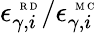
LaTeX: \epsilon_{\gamma,i}^{\mathrm{~\tiny~R~D~}}/\epsilon_{\gamma,i}^{\mathrm{~\tiny~M~C~}}